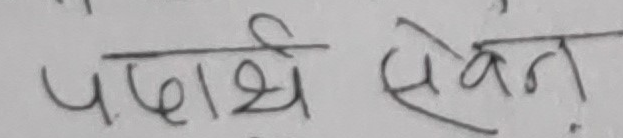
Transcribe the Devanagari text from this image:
पदार्थ सेवन